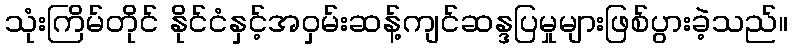
သုံးကြိမ်တိုင် နိုင်ငံနှင့်အဝှမ်းဆန့်ကျင်ဆန္ဒပြမှုများဖြစ်ပွားခဲ့သည်။